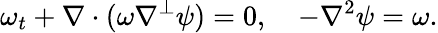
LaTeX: \omega_{t}+\nabla\cdot(\omega\nabla^{\perp}\psi)=0,\quad-\nabla^{2}\psi=\omega.